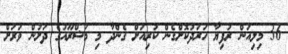
36 މިލިއަން ރުފިޔާ ހަރަދުކޮށްގެން ކުރިއަށް ގެންދާ މި މަޝްރޫއުގެ ދަށުން ވަރަށް